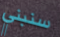
سنبني